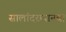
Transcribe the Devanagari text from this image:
सालांदरम्यानचा